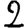
Digit: 2